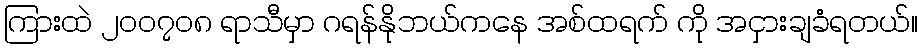
ကြားထဲ ၂၀၀၇၀၈ ရာသီမှာ ဂရန်နိုဘယ်ကနေ အစ်ထရက် ကို အငှားချခံရတယ်။